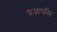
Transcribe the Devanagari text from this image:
प्रजापस्ति